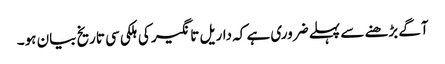
آگے بڑھنے سے پہلے ضروری ہے کہ داریل تانگیر کی ہلکی سی تاریخ بیان ہو۔